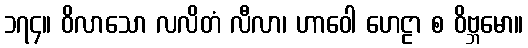
၁၇၄။ ဝိလာသော လလိတံ လီလာ၊ ဟာဝေါ ဟေဠာ စ ဝိဗ္ဘမော။